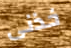
خذنى